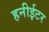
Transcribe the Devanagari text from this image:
हनीईटर